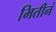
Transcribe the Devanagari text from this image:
भितीनं